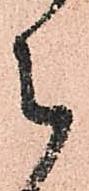
被